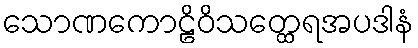
သောဏကောဠိဝိသတ္ထေရအပဒါနံ